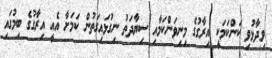
ވިދާޅުވި ކަންކަމަކީ އިރާގުގެ މިނިވަންކަމާއި ސިޔާދަތު ނިގުޅައިގަތުން ކަމަށާ އެއީ އިރާގުގެ ބިމުގައި